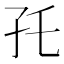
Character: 𰌝